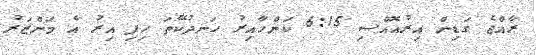
ރާއްޖެ ގަޑިން އިރުއޮއްސި 6:15 ކަންހާއިރު ހަނދުކޭތަ ހިފި އިރު އެ މަންޒަރު